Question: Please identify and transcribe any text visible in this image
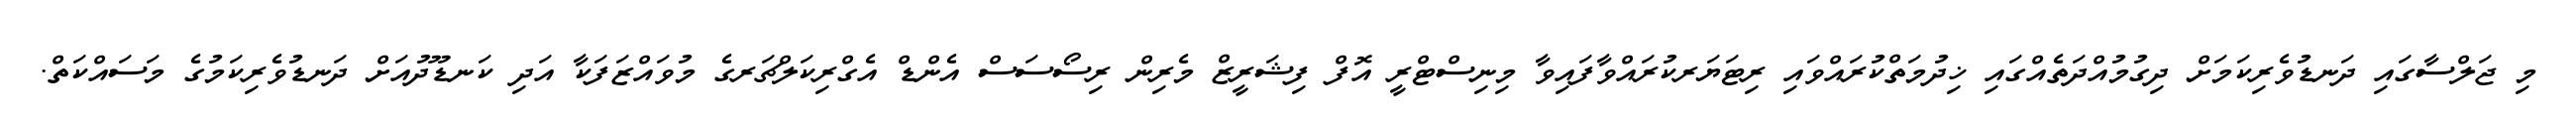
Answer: މި ޖަލްސާގައި ދަނޑުވެރިކަމަށް ދިގުމުއްދަތެއްގައި ޚިދުމަތްކުރައްވައި ރިޓަޔަރކުރައްވާފައިވާ މިނިސްޓްރީ އޮފް ފިޝަރީޒް މެރިން ރިސޯސަސް އެންޑް އެގްރިކަލްޗަރގެ މުވައްޒަފަކާ އަދި ކަނޑޫދުއަށް ދަނޑުވެރިކަމުގެ މަސައްކަތް.